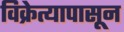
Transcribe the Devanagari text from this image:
विक्रेत्यापासून